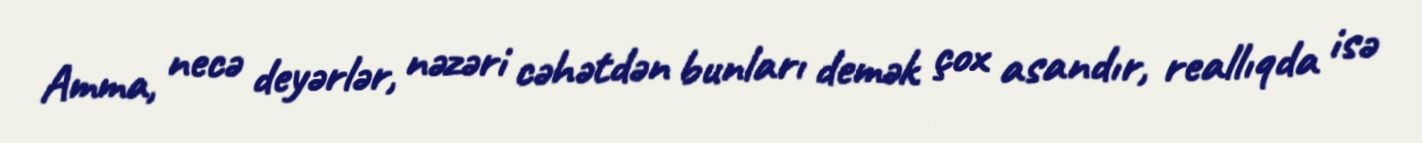
Amma, necə deyərlər, nəzəri cəhətdən bunları demək çox asandır, reallıqda isə